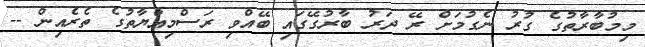
މިމުބާރާތުގެ ގުރު ނެގުމަށް ރޭ ދަރު ބާރުގޭގައި ބޭއްވި ރަސްމިއްޔާތުގެ ތެރެއިން --